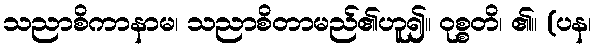
သညာစိကာနာမ၊ သညာစိတာမည်၏ဟူ၍။ ဝုစ္စတိ၊ ၏။ (ပန၊